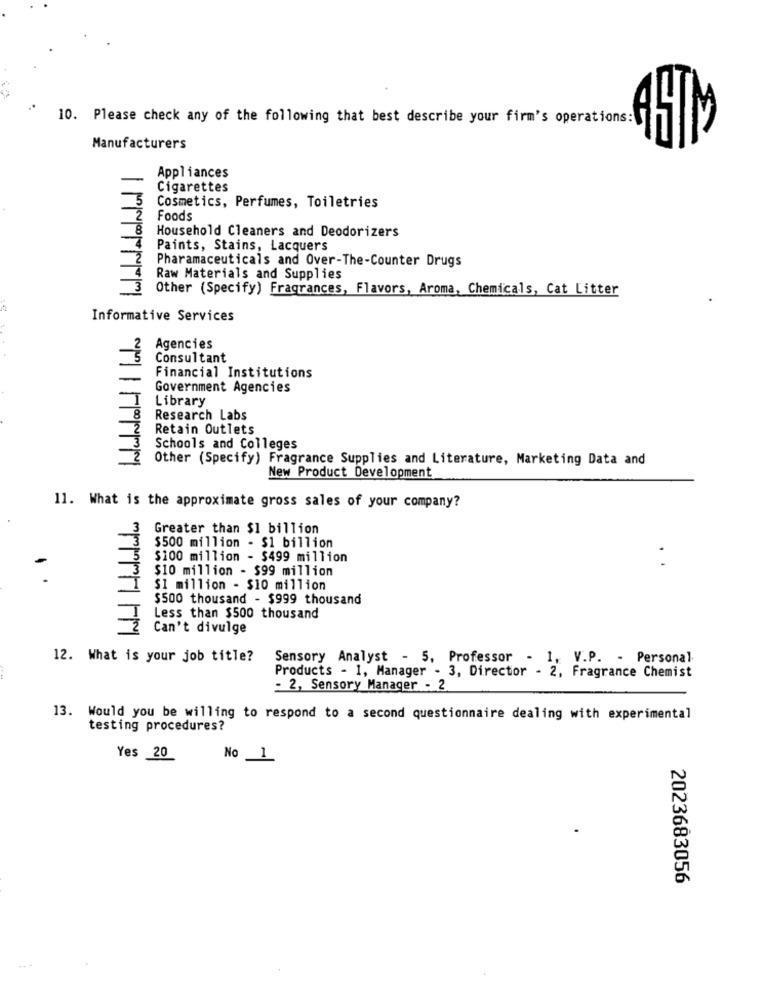
10. Please check any of the following that best describe your firm's operations:
Manufacturers
Appliances
Cigarettes
Cosmetics, Perfumes, Toiletries
Foods
Household Cleaners and Deodorizers
Paints, Stains, Lacquers
Pharamaceuticals and Over-The-Counter Drugs
Raw Materials and Supplies
3 Other (Specify) Fragrances, Flavors, Aroma, Chemicals, Cat Litter
Informative Services
Agencies
Consultant
Financial Institutions
Government Agencies
Library
Research Labs
Retain Outlets
Schools and Colleges
Other (Specify) Fragrance Supplies and Literature, Marketing Data and
New Product Development
11. What is the approximate gross sales of your company?
Greater than $1 billion
$500 million - $1 billion
$100 million - $499 million
3
$10 million - $99 million
I
$1 million - $10 million
$500 thousand - $999 thousand
Less than $500 thousand
Can't divulge
12. What is your job title?
Sensory Analyst - 5, Professor - 1, V.P. - Personal
Products - 1, Manager - 3, Director - 2, Fragrance Chemist
- 2, Sensory Manager - 2
13. Would you be willing to respond to a second questionnaire dealing with experimental
testing procedures?
Yes 20
No 1
2023683056